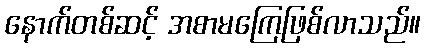
နောက်တစ်ဆင့် အစာမကြေဖြစ်လာသည်။